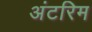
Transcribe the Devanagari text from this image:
अंटरिम